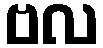
ဗလ